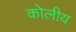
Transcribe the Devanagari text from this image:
कोलीय